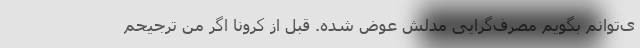
ی‌توانم بگویم مصرف‌گرایی مدلش عوض شده. قبل از کرونا اگر من ترجیحم